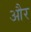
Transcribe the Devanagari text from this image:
और